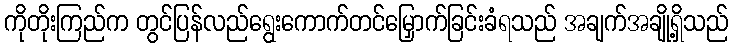
ကိုတိုးကြည်က တွင်ပြန်လည်ရွေးကောက်တင်မြှောက်ခြင်းခံရသည် အချက်အချို့ရှိသည်